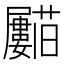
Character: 𱿈